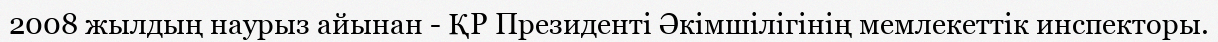
2008 жылдың наурыз айынан - ҚР Президенті Әкімшілігінің мемлекеттік инспекторы.